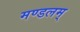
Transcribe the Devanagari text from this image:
मण्डलम्